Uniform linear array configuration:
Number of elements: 4
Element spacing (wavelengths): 0.75
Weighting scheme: blackman
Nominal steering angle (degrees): -30
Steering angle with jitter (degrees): -30.824
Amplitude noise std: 0.05
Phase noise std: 0.05

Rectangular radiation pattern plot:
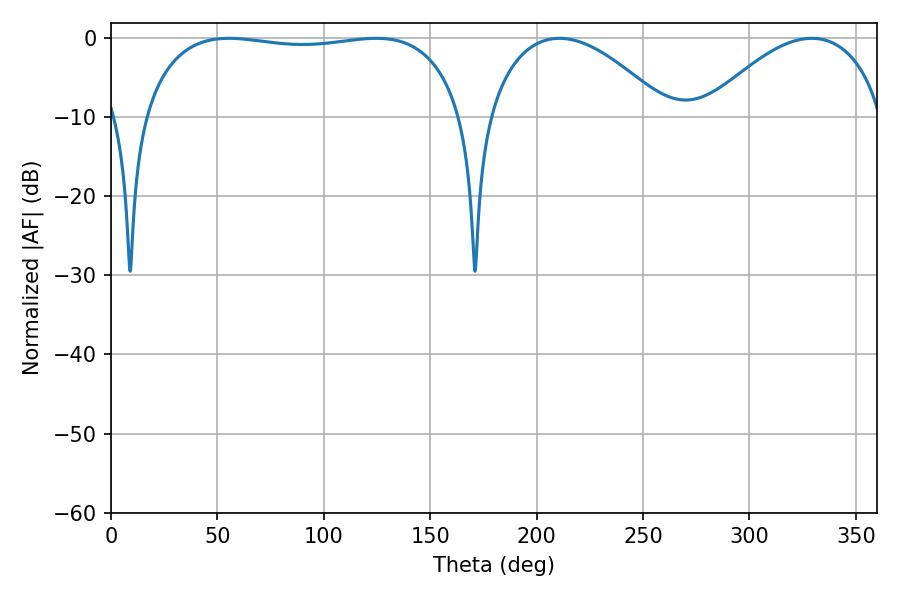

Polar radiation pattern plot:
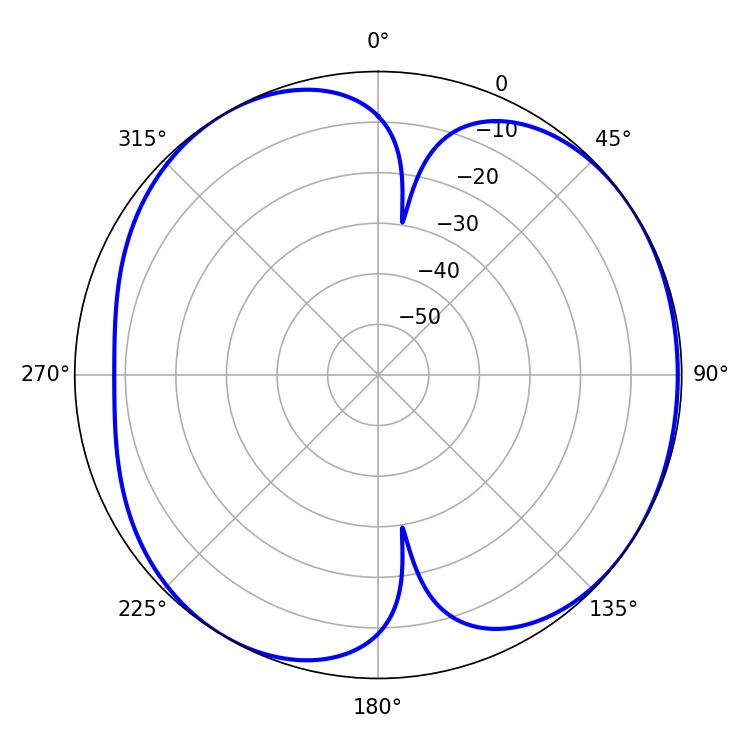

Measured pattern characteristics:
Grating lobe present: TRUE
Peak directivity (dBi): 5.281
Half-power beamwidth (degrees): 121.32
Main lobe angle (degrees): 55.44